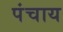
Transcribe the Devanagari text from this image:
पंचाय